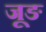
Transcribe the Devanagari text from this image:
जूङ